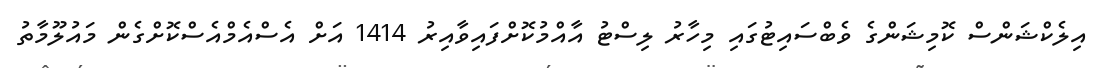
އިލެކްޝަންސް ކޮމިޝަންގެ ވެބްސައިޓުގައި މިހާރު ލިސްޓު އާއްމުކޮށްފައިވާއިރު 1414 އަށް އެސްއެމްއެސްކޮށްގެން މައުލޫމާތު